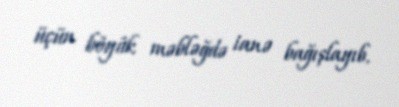
üçün böyük məbləğdə ianə bağışlayıb.